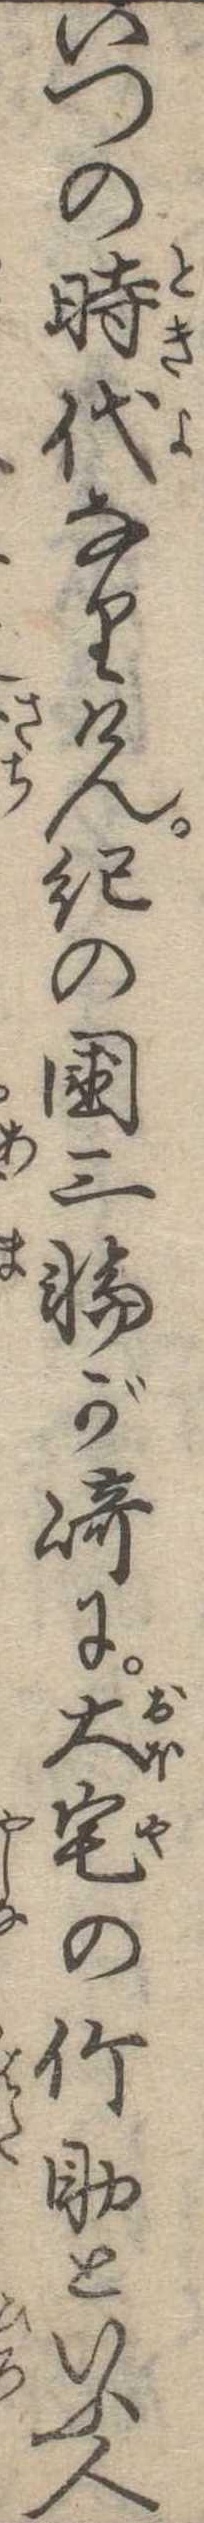
いつの時代なりけん紀の国三輪が崎に大宅の竹助といふ人